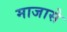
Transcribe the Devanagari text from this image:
माजासे